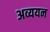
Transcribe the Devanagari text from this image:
अव्ययन